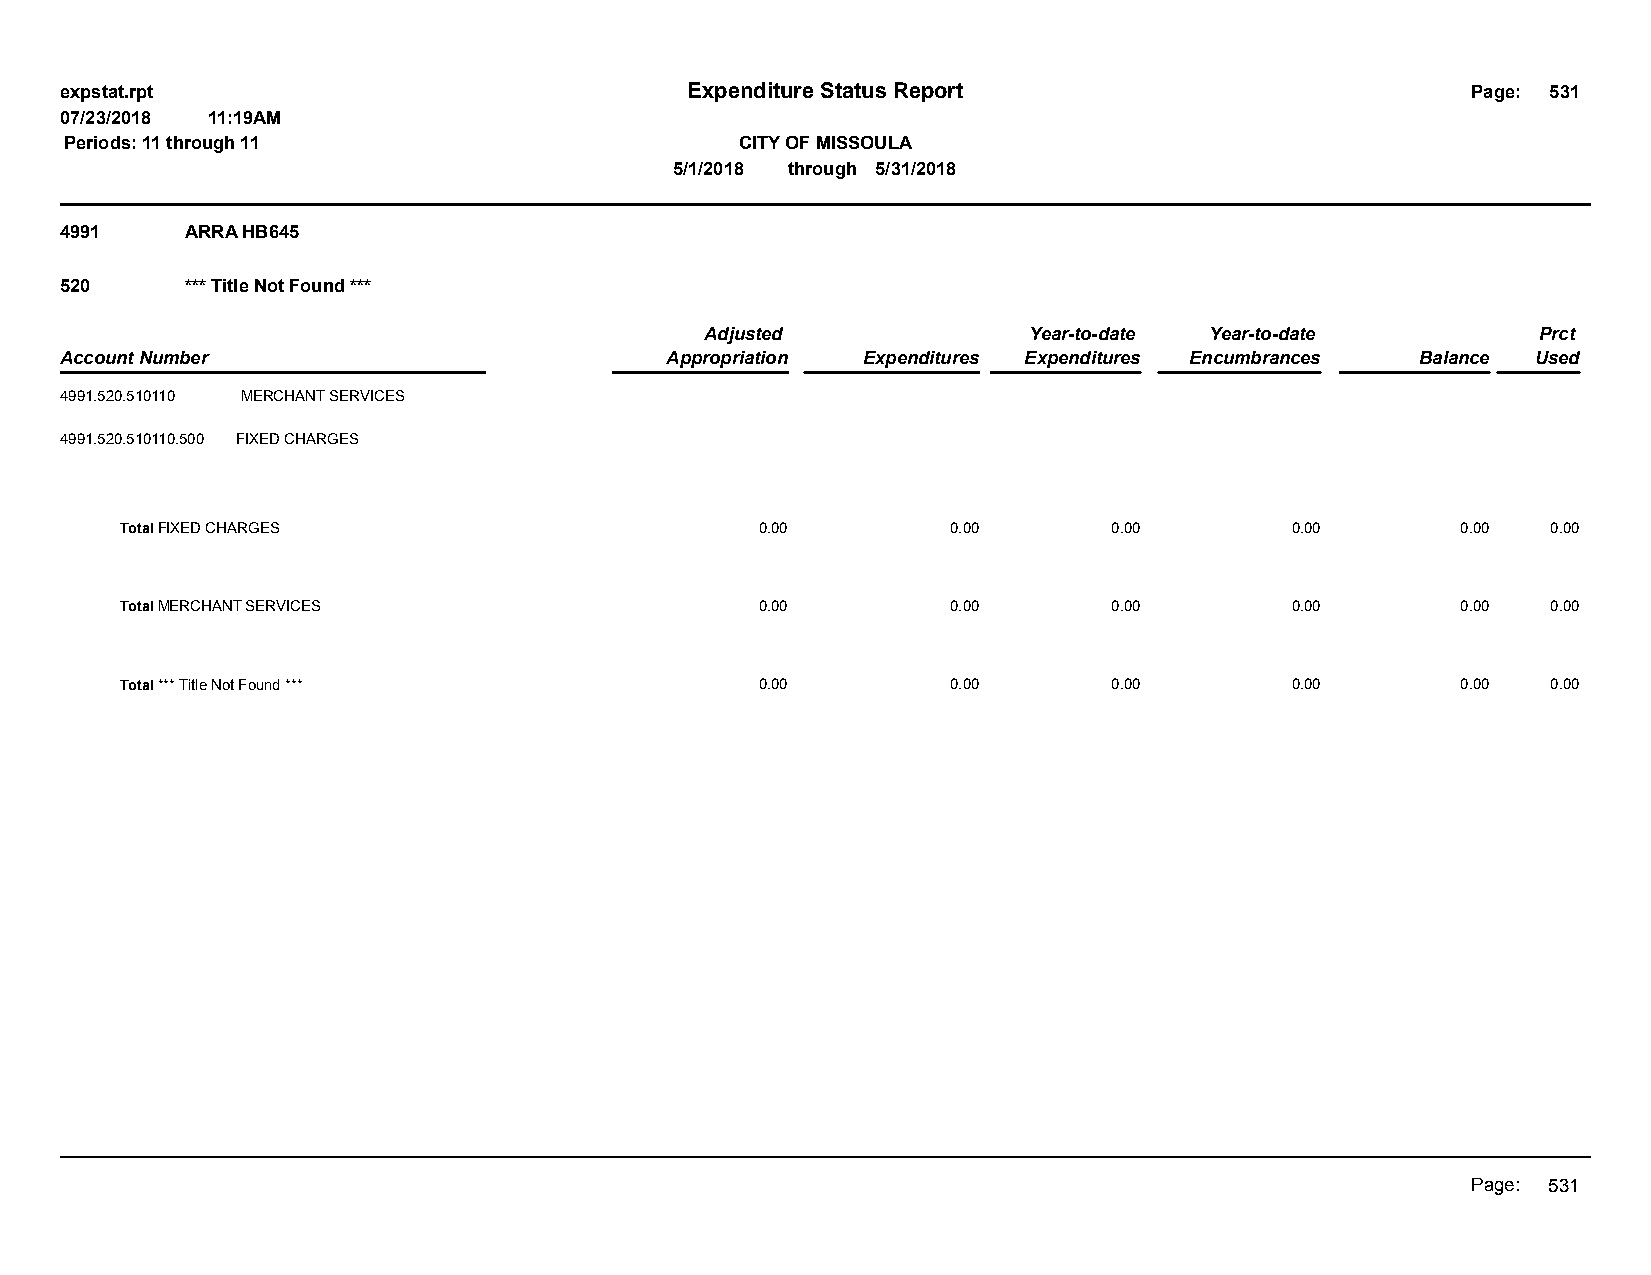
expstat.rpt                              Expenditure Status Report                           Page: 531
 07/23/2018 11:19AM
 Periods: 11 through 11                       CITY OF MISSOULA
 5/1/2018 through 5/31/2018
 4991    ARRA HB645
 520     *** Title Not Found ***
 Adjusted             Year-to-date Year-to-date         Prct
 Account Number                          Appropriation Expenditures Expenditures Encumbrances Balance Used
 4991.520.510110 MERCHANT SERVICES
 4991.520.510110.500 FIXED CHARGES
 Total FIXED CHARGES                       0.00         0.00       0.00       0.00        0.00  0.00
 Total MERCHANT SERVICES                   0.00         0.00       0.00       0.00        0.00  0.00
 Total *** Title Not Found ***             0.00         0.00       0.00       0.00        0.00  0.00
 Page: 531